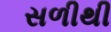
સળીથી